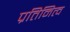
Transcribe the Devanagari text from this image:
प्रतिनित्व